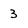
Character: 3